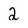
Character: 2